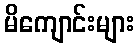
မိကျောင်းများ